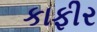
કાફીર